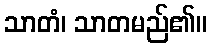
သာတံ၊ သာတမည်၏။